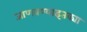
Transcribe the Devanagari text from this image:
जाणवण्याइतक्या